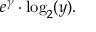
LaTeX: e ^ { \gamma } \cdot \log _ { 2 } ( y ) .